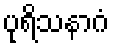
ပုရိသနာဂံ